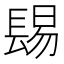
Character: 𨲎